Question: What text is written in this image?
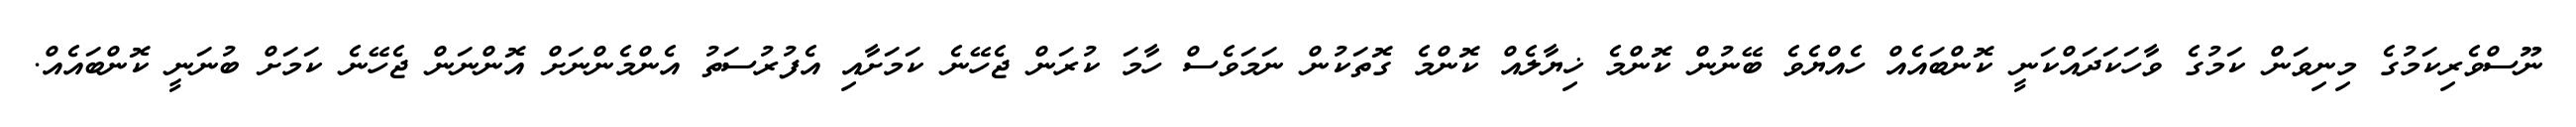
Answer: ނޫސްވެރިކަމުގެ މިނިވަން ކަމުގެ ވާހަކަދައްކަނީ ކޮންބައެއް ހެއްޔެވެ ބޭނުން ކޮންމެ ޚިޔާލެއް ކޮންމެ ގޮތަކުން ނަމަވެސް ހާމަ ކުރަން ޖެހޭނެ ކަމަށާއި އެފުރުސަތު އެންމެންނަށް އޮންނަން ޖެހޭނެ ކަމަށް ބުނަނީ ކޮންބައެއް.